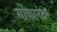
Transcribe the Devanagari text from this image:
गोंकानंतर